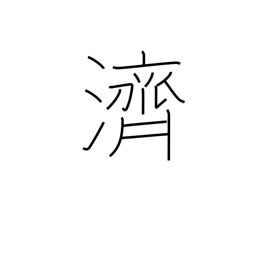
Meaning: to ferry